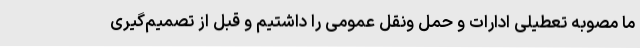
ما مصوبه تعطیلی ادارات و حمل ونقل عمومی را داشتیم و قبل از تصمیم‌گیری